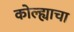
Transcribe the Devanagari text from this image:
कोल्ह्याचा